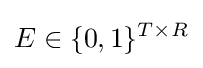
E\in \{0,1\}^{T\times R}